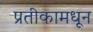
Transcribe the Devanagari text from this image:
प्रतीकामधून